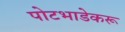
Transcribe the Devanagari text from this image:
पोटभाडेकरू